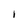
Character: I